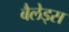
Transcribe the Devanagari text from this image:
बैलेड्स